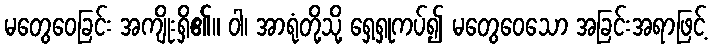
မတွေဝေခြင်း အကျိုးရှိ၏။ ဝါ၊ အာရုံတို့သို့ ရှေ့ရှုကပ်၍ မတွေဝေသော အခြင်းအရာဖြင့်